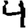
Digit: 4